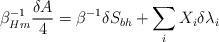
LaTeX: \begin{align*} \beta_{Hm}^{-1}{\delta A\over4}=\beta^{-1}\delta S_{bh}+\sum_iX_i\delta\lambda_i\end{align*}